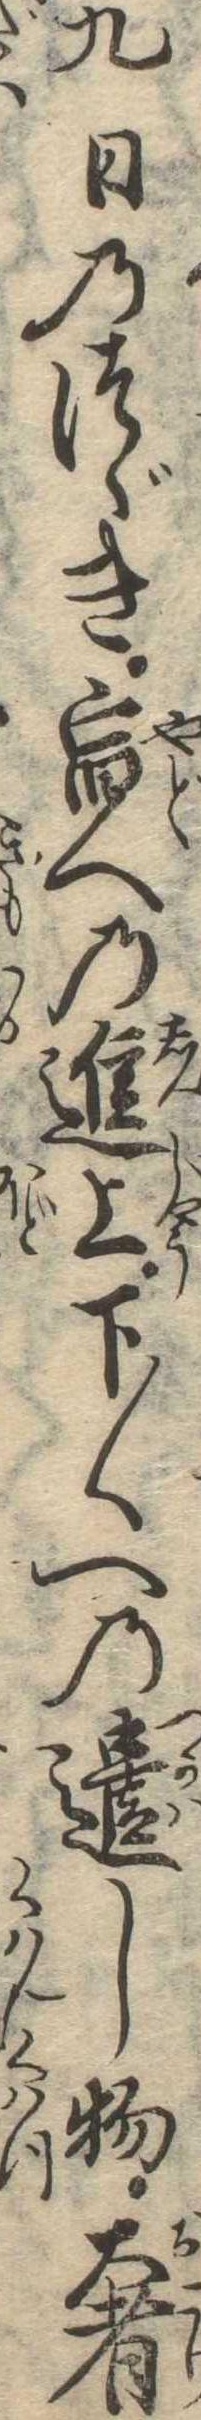
九日のつゞき宿への進上下〱への遣し物奢